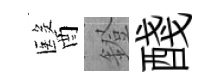
醫鐙醆